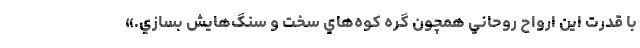
با قدرت اين ارواح روحاني همچون گره كوه‌هاي سخت و سنگ‌هايش بسازي.»